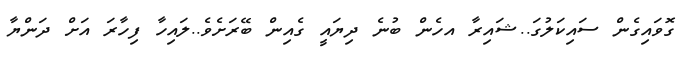
ގޮވައިގެން ސައިކަލުގަ..ޝައިރާ އހެން ބުނެ ދިޔައީ ގެއިން ބޭރަށެވެ..ލައިހާ ފިހާރަ އަށް ދަންޔާ